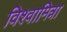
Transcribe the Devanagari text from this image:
विश्वामित्रा